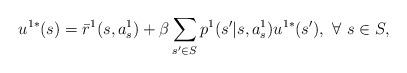
LaTeX: \begin{align*} u^{1*}(s)=\bar{r}^1(s,a_s^1)+\beta \sum_{s'\in S} p^1(s'|s,a_s^1) u^{1*}(s'), \ \forall \ s\in S,\end{align*}